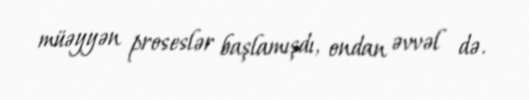
müəyyən proseslər başlamışdı, ondan əvvəl də.